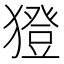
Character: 𤢈